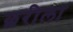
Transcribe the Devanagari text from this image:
छरीला